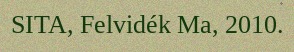
SITA, Felvidék Ma, 2010.